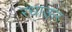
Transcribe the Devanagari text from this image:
रधाऊर